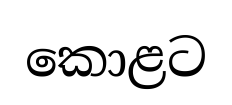
කොළට